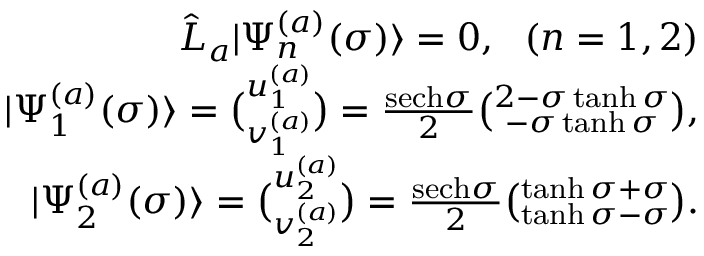
\begin{array} { r l r } & { } & { \hat { L } _ { a } | \Psi _ { n } ^ { ( a ) } ( \sigma ) \rangle = 0 , \, \, \, \, ( n = 1 , 2 ) } \\ & { } & { | \Psi _ { 1 } ^ { ( a ) } ( \sigma ) \rangle = \binom { u _ { 1 } ^ { ( a ) } } { v _ { 1 } ^ { ( a ) } } = \frac { \mathrm { s e c h } \sigma } { 2 } \binom { 2 - \sigma \operatorname { t a n h } \sigma } { - \sigma \operatorname { t a n h } \sigma } , } \\ & { } & { | \Psi _ { 2 } ^ { ( a ) } ( \sigma ) \rangle = \binom { u _ { 2 } ^ { ( a ) } } { v _ { 2 } ^ { ( a ) } } = \frac { \mathrm { s e c h } \sigma } { 2 } \binom { \operatorname { t a n h } \sigma + \sigma } { \operatorname { t a n h } \sigma - \sigma } . } \end{array}